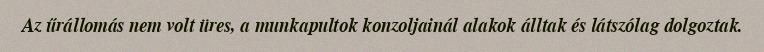
Az űrállomás nem volt üres, a munkapultok konzoljainál alakok álltak és látszólag dolgoztak.